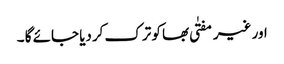
اور غیر مفتٰی بھا کو ترک کردیا جائے گا ۔